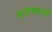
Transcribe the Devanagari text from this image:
मायभवानी